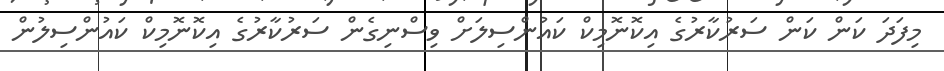
މިފަދަ ކަން ކަން ސަރުކާރުގެ އިކޮނޮމިކް ކައުންސިލަށް ވިސްނިގެން ސަރުކާރުގެ އިކޮނޮމިކް ކައުންސިލުން